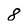
Character: 8